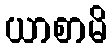
ယာစာမိ